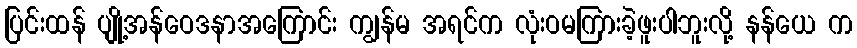
ပြင်းထန် ပျို့အန်ဝေဒနာအကြောင်း ကျွန်မ အရင်က လုံးဝမကြားခဲ့ဖူးပါဘူးလို့ နန်ယေ က